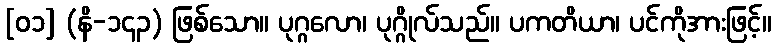
[၀၁] (နိ-၁၄၃) ဖြစ်သော။ ပုဂ္ဂလော၊ ပုဂ္ဂိုလ်သည်။ ပကတိယာ၊ ပင်ကိုအားဖြင့်။